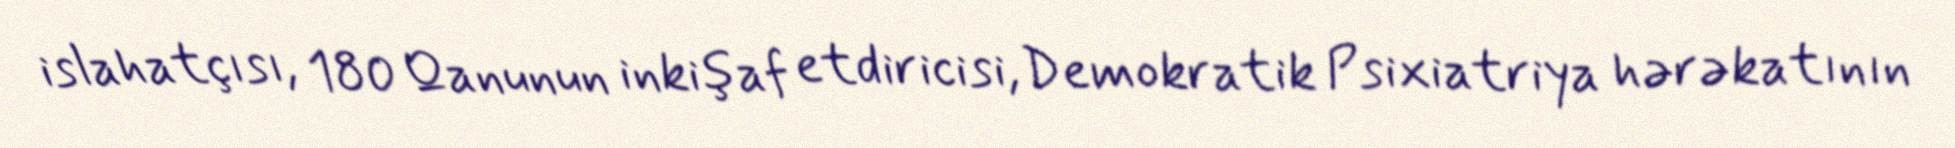
islahatçısı, 180 Qanunun inkişaf etdiricisi, Demokratik Psixiatriya hərəkatının